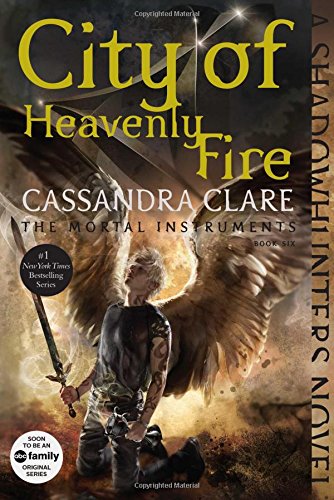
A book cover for City of Heavenly Fire (The Mortal Instruments); Cassandra Clare; Teen & Young Adult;